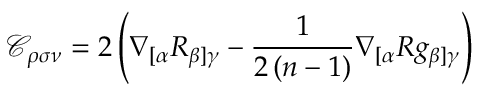
\mathcal { C } _ { \rho \sigma \nu } = 2 \left( \nabla _ { [ \alpha } R _ { \beta ] \gamma } - \frac { 1 } { 2 \left( n - 1 \right) } \nabla _ { [ \alpha } R g _ { \beta ] \gamma } \right)